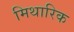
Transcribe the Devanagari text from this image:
मिथारिक